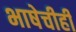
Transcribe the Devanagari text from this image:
भाषेचीही